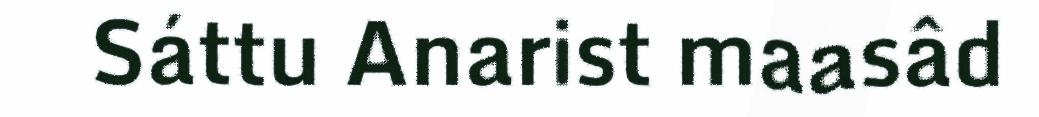
Sáttu Anarist maasâd